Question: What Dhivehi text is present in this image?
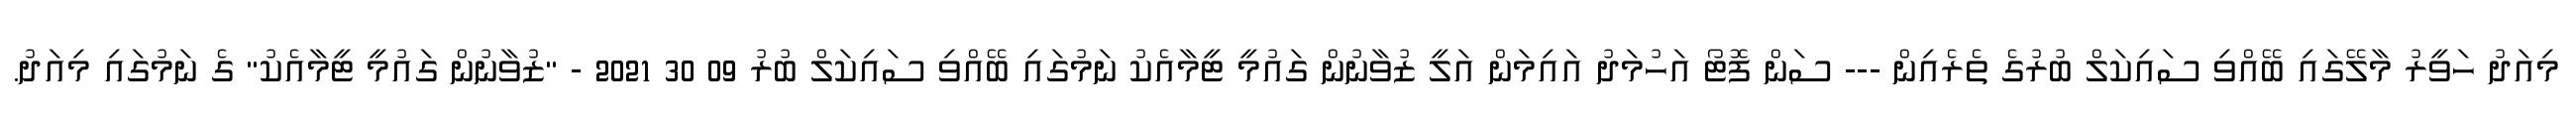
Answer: މިއަދު ހަވީރު މާލޭގައި ބޭއްވި ސައިކަލް ބުރުގެ ތެރެއިން --- ސަން ފޮޓޯ އަހުމަދު އައިމަން އަލީ ޒުވާނުން ގައުމީ ޓީމާއެކު ނަމުގައި ބޭއްވި ސައިކަލް ބުރު 09 30 2021 - "ޒުވާނުން ގައުމީ ޓީމާއެކު" ގެ ނަމުގައި މިއަދު.